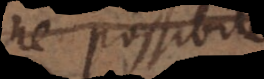
ne possibile